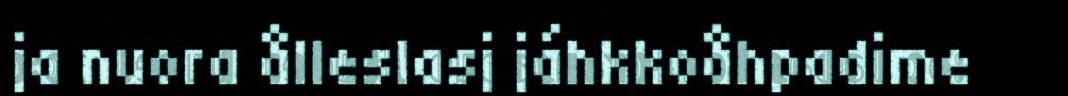
ja nuora ålleslasj jáhkkoåhpadime